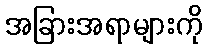
အခြားအရာများကို